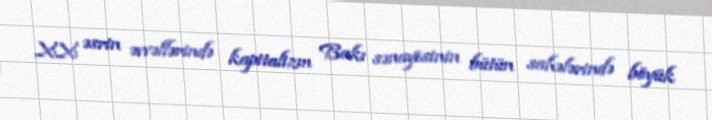
XX əsrin əvvəllərində kapitalizm Bakı sənayesinin bütün sahələrində böyük